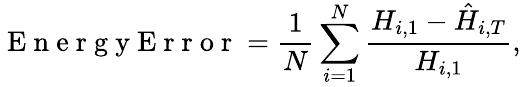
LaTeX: \mathrm{~E~n~e~r~g~y~E~r~r~o~r~}=\frac{1}{N}\sum_{i=1}^{N}\frac{H_{i,1}-\hat{H}_{i,T}}{H_{i,1}},